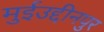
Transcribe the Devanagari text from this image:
मुईउद्दीनपुर